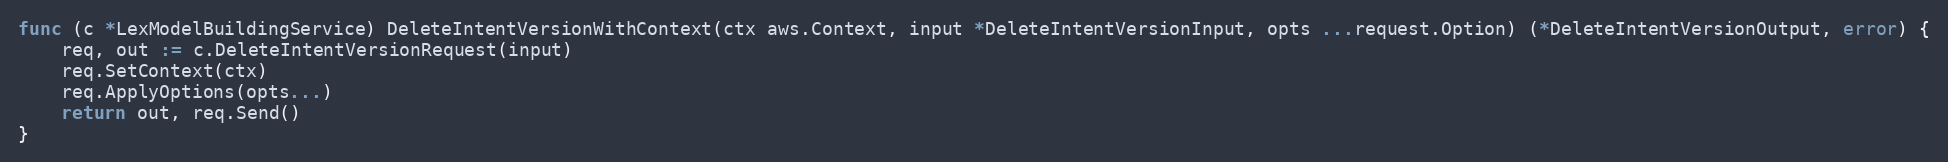
Language: Go
func (c *LexModelBuildingService) DeleteIntentVersionWithContext(ctx aws.Context, input *DeleteIntentVersionInput, opts ...request.Option) (*DeleteIntentVersionOutput, error) {
	req, out := c.DeleteIntentVersionRequest(input)
	req.SetContext(ctx)
	req.ApplyOptions(opts...)
	return out, req.Send()
}